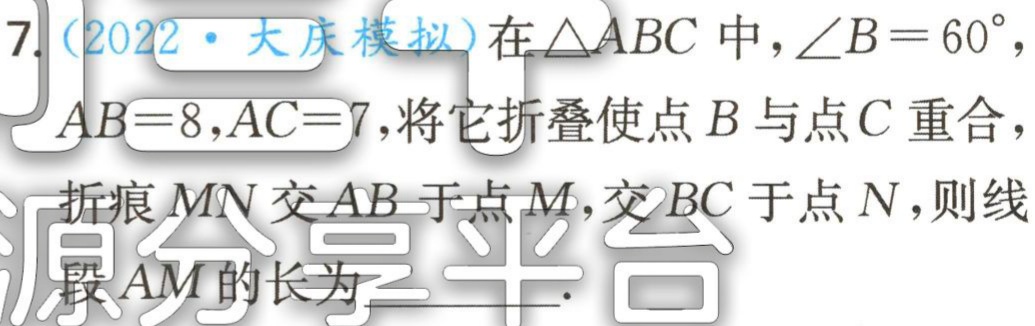
(2022·大庆模拟)在$\triangle ABC$中，$\angle B = 60^{\circ}$，$AB = 8$，$AC = 7$，将它折叠使点$B$与点$C$重合，折痕$MN$交$AB$于点$M$，交$BC$于点$N$，则线段$AM$的长为___.